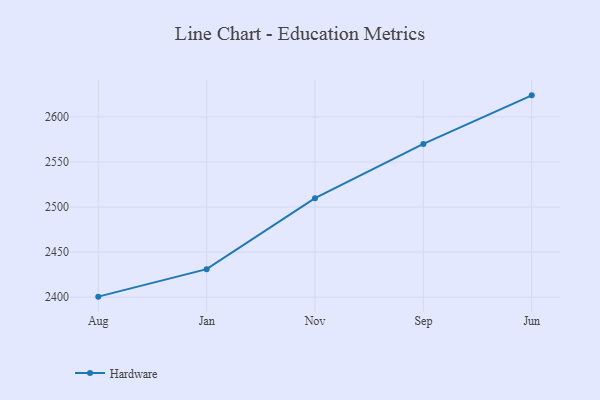
{"axis": {"x": "Month", "y": "Headcount"}, "legend": ["Hardware"], "data": [{"x": "Aug", "y": 2400.6, "type": "Hardware"}, {"x": "Jan", "y": 2431.1, "type": "Hardware"}, {"x": "Nov", "y": 2509.8, "type": "Hardware"}, {"x": "Sep", "y": 2570.0, "type": "Hardware"}, {"x": "Jun", "y": 2623.9, "type": "Hardware"}]}